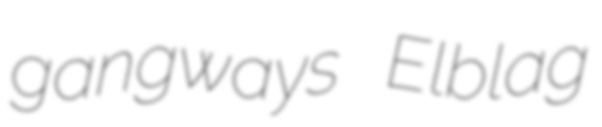
gangways Elblag